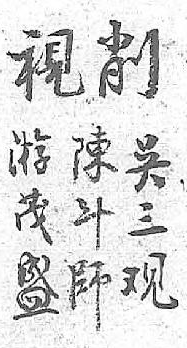
削游陳吳視茂斗三 盛師观